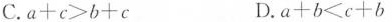
C.a+c>b+c D.a+b<c+b